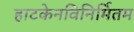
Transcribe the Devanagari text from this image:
हाटकेनविनिर्मितम